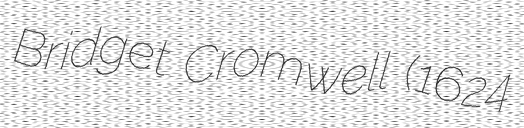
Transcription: Bridget Cromwell (1624